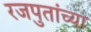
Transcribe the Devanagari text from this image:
रजपुतांच्या